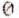
0